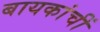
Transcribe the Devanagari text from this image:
बायकांचीं